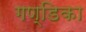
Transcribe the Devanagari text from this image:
गण्डिका